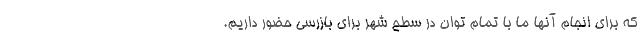
که برای انجام آنها ما با تمام توان در سطح شهر برای بازرسی حضور داریم.